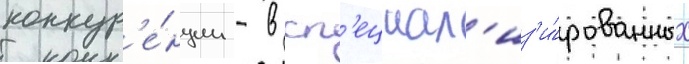
конкур'е́нции - в сп'ециал'из'и́рованных